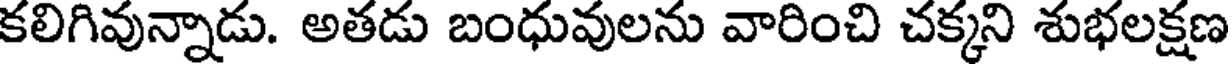
కలిగివున్నాడు. అతడు బంధువులను వారించి చక్కని శుభలక్షణ